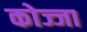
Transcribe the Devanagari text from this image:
कोज्जा